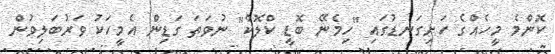
ކޮންމެ މީހެއްގެ ހަށިގަނޑުގައި "ހިމެނޭ ބޮޑީ ކްލޮކް" ނުވަތަ ގަޑިން އެމީހަކު ވަރުބަލިވުން